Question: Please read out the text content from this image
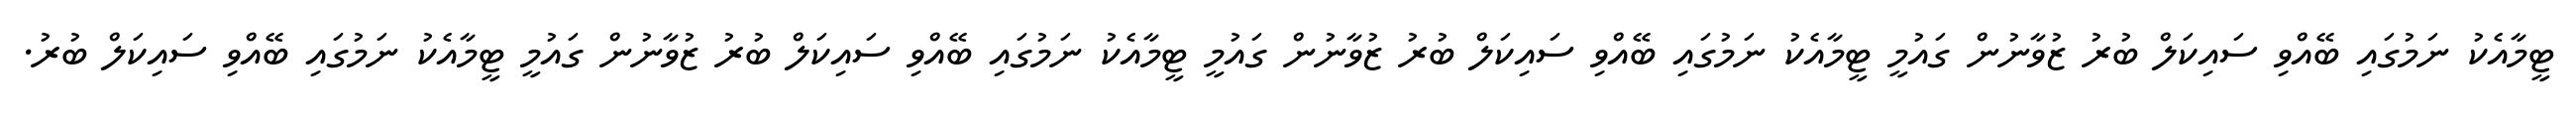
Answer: ޓީމާއެކު ނަމުގައި ބޭއްވި ސައިކަލް ބުރު ޒުވާނުން ގައުމީ ޓީމާއެކު ނަމުގައި ބޭއްވި ސައިކަލް ބުރު ޒުވާނުން ގައުމީ ޓީމާއެކު ނަމުގައި ބޭއްވި ސައިކަލް ބުރު ޒުވާނުން ގައުމީ ޓީމާއެކު ނަމުގައި ބޭއްވި ސައިކަލް ބުރު.